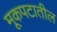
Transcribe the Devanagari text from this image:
मूकपटातील